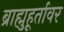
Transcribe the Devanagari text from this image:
ब्राह्मुहूर्तावर